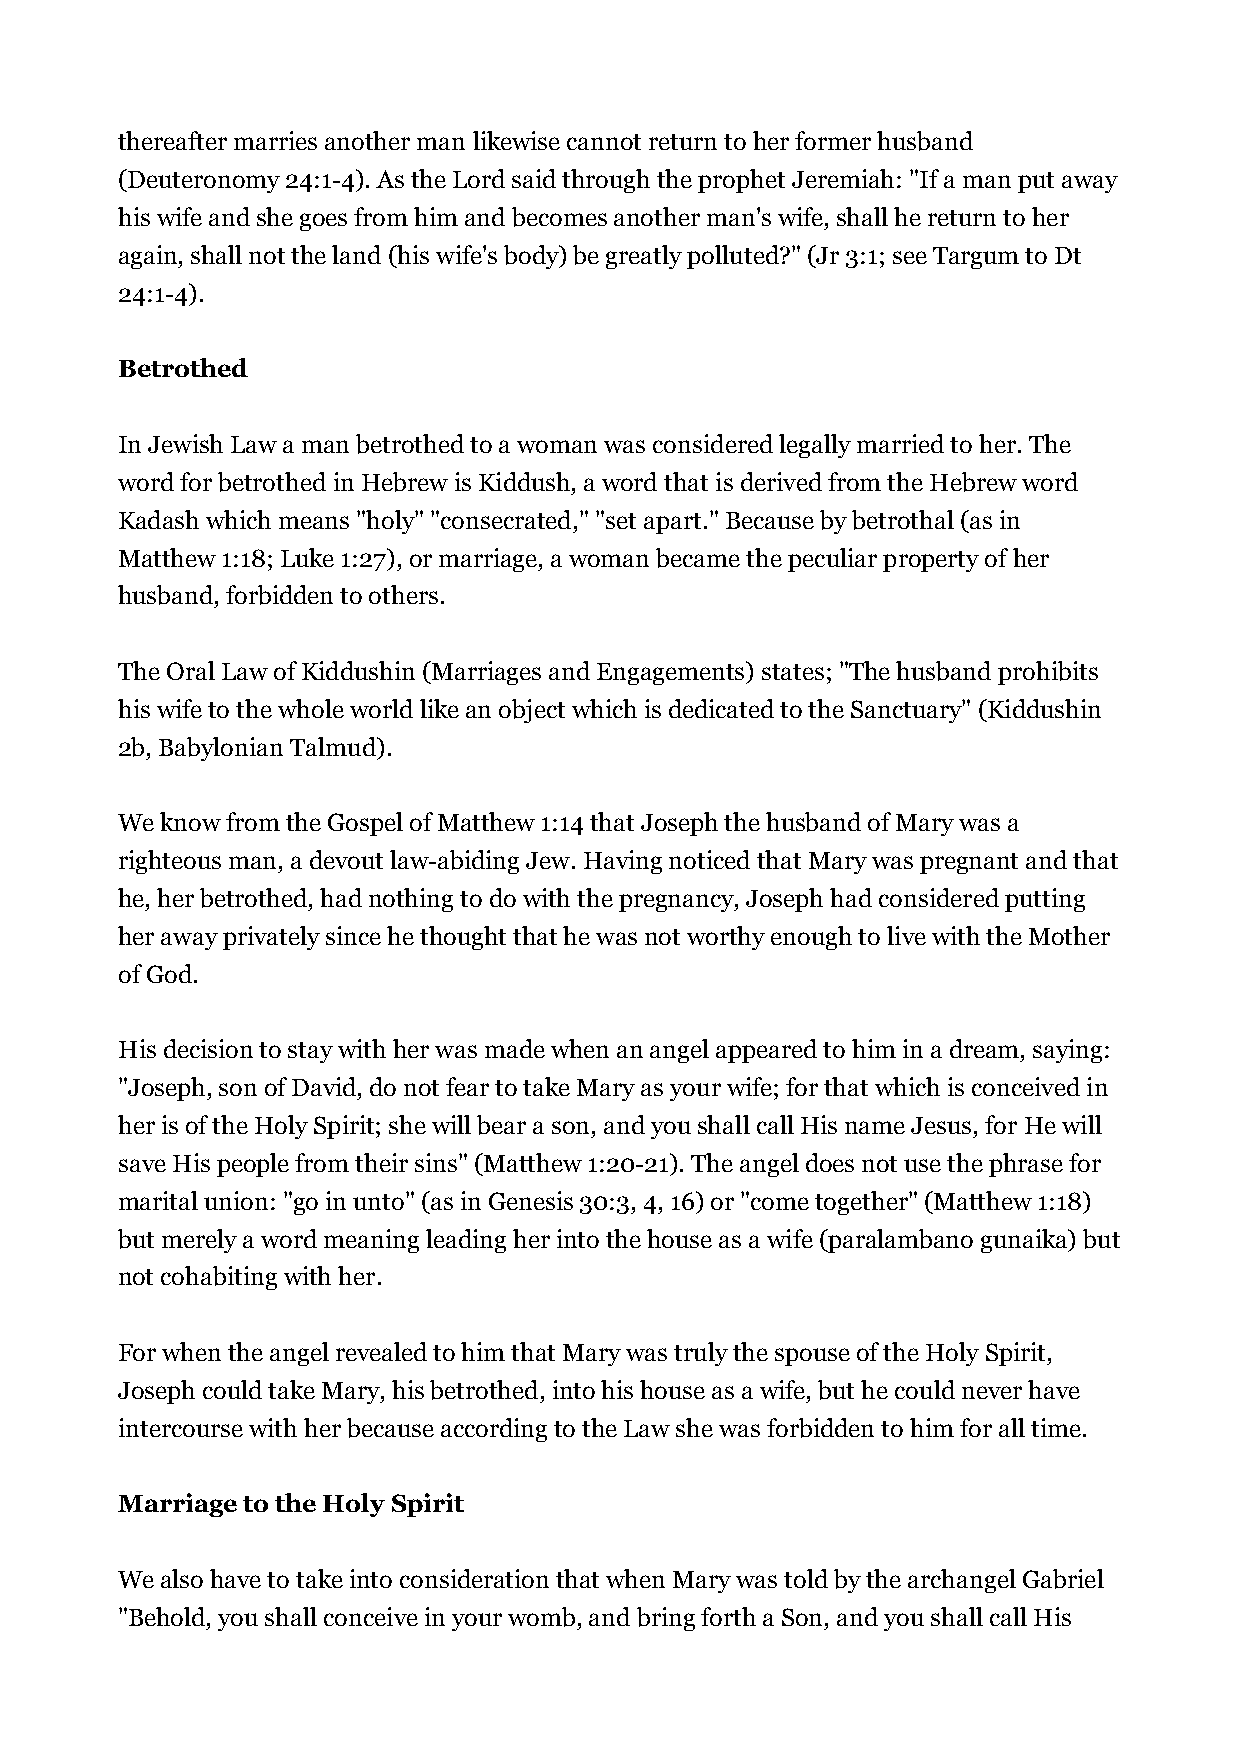
thereafter marries another man likewise cannot return to her former husband
 (Deuteronomy 24:1-4). As the Lord said through the prophet Jeremiah: "If a man put away
 his wife and she goes from him and becomes another man's wife, shall he return to her
 again, shall not the land (his wife's body) be greatly polluted?" (Jr 3:1; see Targum to Dt
 24:1-4).
 Betrothed
 In Jewish Law a man betrothed to a woman was considered legally married to her. The
 word for betrothed in Hebrew is Kiddush, a word that is derived from the Hebrew word
 Kadash which means "holy" "consecrated," "set apart." Because by betrothal (as in
 Matthew 1:18; Luke 1:27), or marriage, a woman became the peculiar property of her
 husband, forbidden to others.
 The Oral Law of Kiddushin (Marriages and Engagements) states; "The husband prohibits
 his wife to the whole world like an object which is dedicated to the Sanctuary" (Kiddushin
 2b, Babylonian Talmud).
 We know from the Gospel of Matthew 1:14 that Joseph the husband of Mary was a
 righteous man, a devout law-abiding Jew. Having noticed that Mary was pregnant and that
 he, her betrothed, had nothing to do with the pregnancy, Joseph had considered putting
 her away privately since he thought that he was not worthy enough to live with the Mother
 of God.
 His decision to stay with her was made when an angel appeared to him in a dream, saying:
 "Joseph, son of David, do not fear to take Mary as your wife; for that which is conceived in
 her is of the Holy Spirit; she will bear a son, and you shall call His name Jesus, for He will
 save His people from their sins" (Matthew 1:20-21). The angel does not use the phrase for
 marital union: "go in unto" (as in Genesis 30:3, 4, 16) or "come together" (Matthew 1:18)
 but merely a word meaning leading her into the house as a wife (paralambano gunaika) but
 not cohabiting with her.
 For when the angel revealed to him that Mary was truly the spouse of the Holy Spirit,
 Joseph could take Mary, his betrothed, into his house as a wife, but he could never have
 intercourse with her because according to the Law she was forbidden to him for all time.
 Marriage to the Holy Spirit
 We also have to take into consideration that when Mary was told by the archangel Gabriel
 "Behold, you shall conceive in your womb, and bring forth a Son, and you shall call His